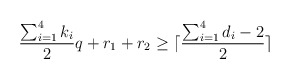
\begin{align*} \frac{\sum_{i=1}^4 k_i}{2} q + r_1+r_2 \ge \lceil \frac{\sum_{i=1}^4 d_i -2}{2} \rceil\end{align*}